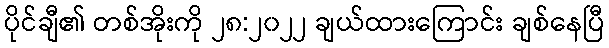
ပိုင်ချီ၏ တစ်အိုးကို ၂၈:၂၀၂၂ ချယ်ထားကြောင်း ချစ်နေပြီ